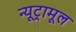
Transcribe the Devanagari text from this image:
न्यूट्रामूल